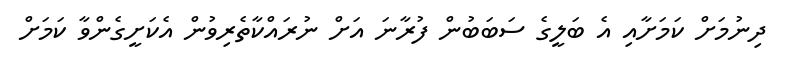
ދިނުމަށް ކަމަށާއި އެ ބަލީގެ ސަބަބުން ފުރާނަ އަށް ނުރައްކާތެރިވުން އެކަށީގެންވާ ކަމަށް